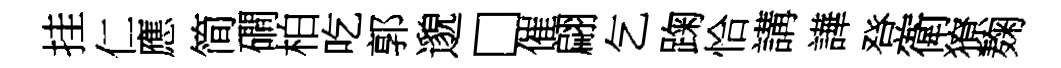
挂仁應简磵柏吃郭邈□催翩乞踘恰講譁登衛獠麹